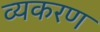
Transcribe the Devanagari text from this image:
व्यकरण